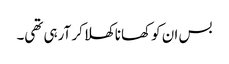
بس ان کو کھانا کھلا کر آرہی تھی۔